Vaccination in Bombay 1924-1928 - 1924-1928
Year: 1924
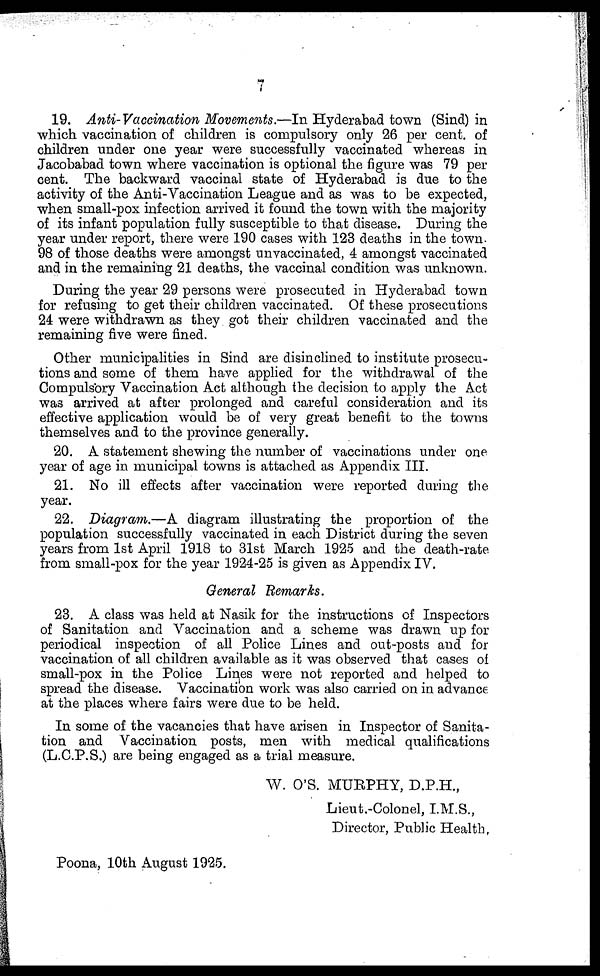
19. Anti-Vaccination Movements.—In Hyderabad town (Sind) in
which vaccination of children is compulsory only 26 per cent. of
children under one year were successfully vaccinated whereas in
Jacobabad town where vaccination is optional the figure was 79 per
cent. The backward vaccinal state of Hyderabad is due to the
activity of the Anti-Vaccination League and as was to be expected,
when small-pox infection arrived it found the town with the majority
of its infant population fully susceptible to that disease. During the
year under report, there were 190 cases with 123 deaths in the town.
98 of those deaths were amongst unvaccinated, 4 amongst vaccinated
and in the remaining 21 deaths, the vaccinal condition was unknown.
During the year 29 persons were prosecuted in Hyderabad town
for refusing to get their children vaccinated. Of these prosecutions
24 were withdrawn as they got their children vaccinated and the
remaining five were fined.
Other municipalities in Sind are disinclined to institute prosecu-
tions and some of them have applied for the withdrawal of the
Compulsory Vaccination Act although the decision to apply the Act
was arrived at after prolonged and careful consideration and its
effective application would be of very great benefit to the towns
themselves and to the province generally.
20. A statement shewing the number of vaccinations under one
year of age in municipal towns is attached as Appendix III.
21. No ill effects after vaccination were reported during the
year.
22. Diagram.—A diagram illustrating the proportion of the
population successfully vaccinated in each District during the seven
years from 1st April 1918 to 31st March 1925 and the death-rate
from small-pox for the year 1924-25 is given as Appendix IV.
General Remarks.
23. A class was held at Nasik for the instructions of Inspectors
of Sanitation and Vaccination and a scheme was drawn up for
periodical inspection of all Police Lines and out-posts and for
vaccination of all children available as it was observed that cases of
small-pox in the Police Lines were not reported and helped to
spread the disease. Vaccination work was also carried on in advance
at the places where fairs were due to be held.
In some of the vacancies that have arisen in Inspector of Sanita-
tion and Vaccination posts, men with medical qualifications
(L.C.P.S.) are being engaged as a trial measure.
W. O'S. MURPHY, D.P.H.,
Lieut.-Colonel, I.M.S.,
Director, Public Health,
Poona, 10th August 1925.